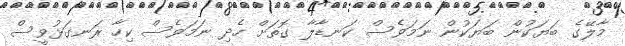
މާލޭގެ ބަޔަކުން ބަޔަކުން ނަމަވެސް ކަނޑާލާ ގޮތަށް ހެދި ނަމަވެސް ކިހާ ރަނގަޅުވީސް